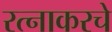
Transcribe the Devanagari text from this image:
रत्‍नाकरचे